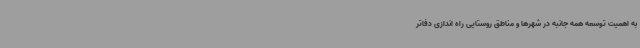
به اهمیت توسعه همه جانبه در شهرها و مناطق روستایی راه اندازی دفاتر